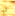
لو